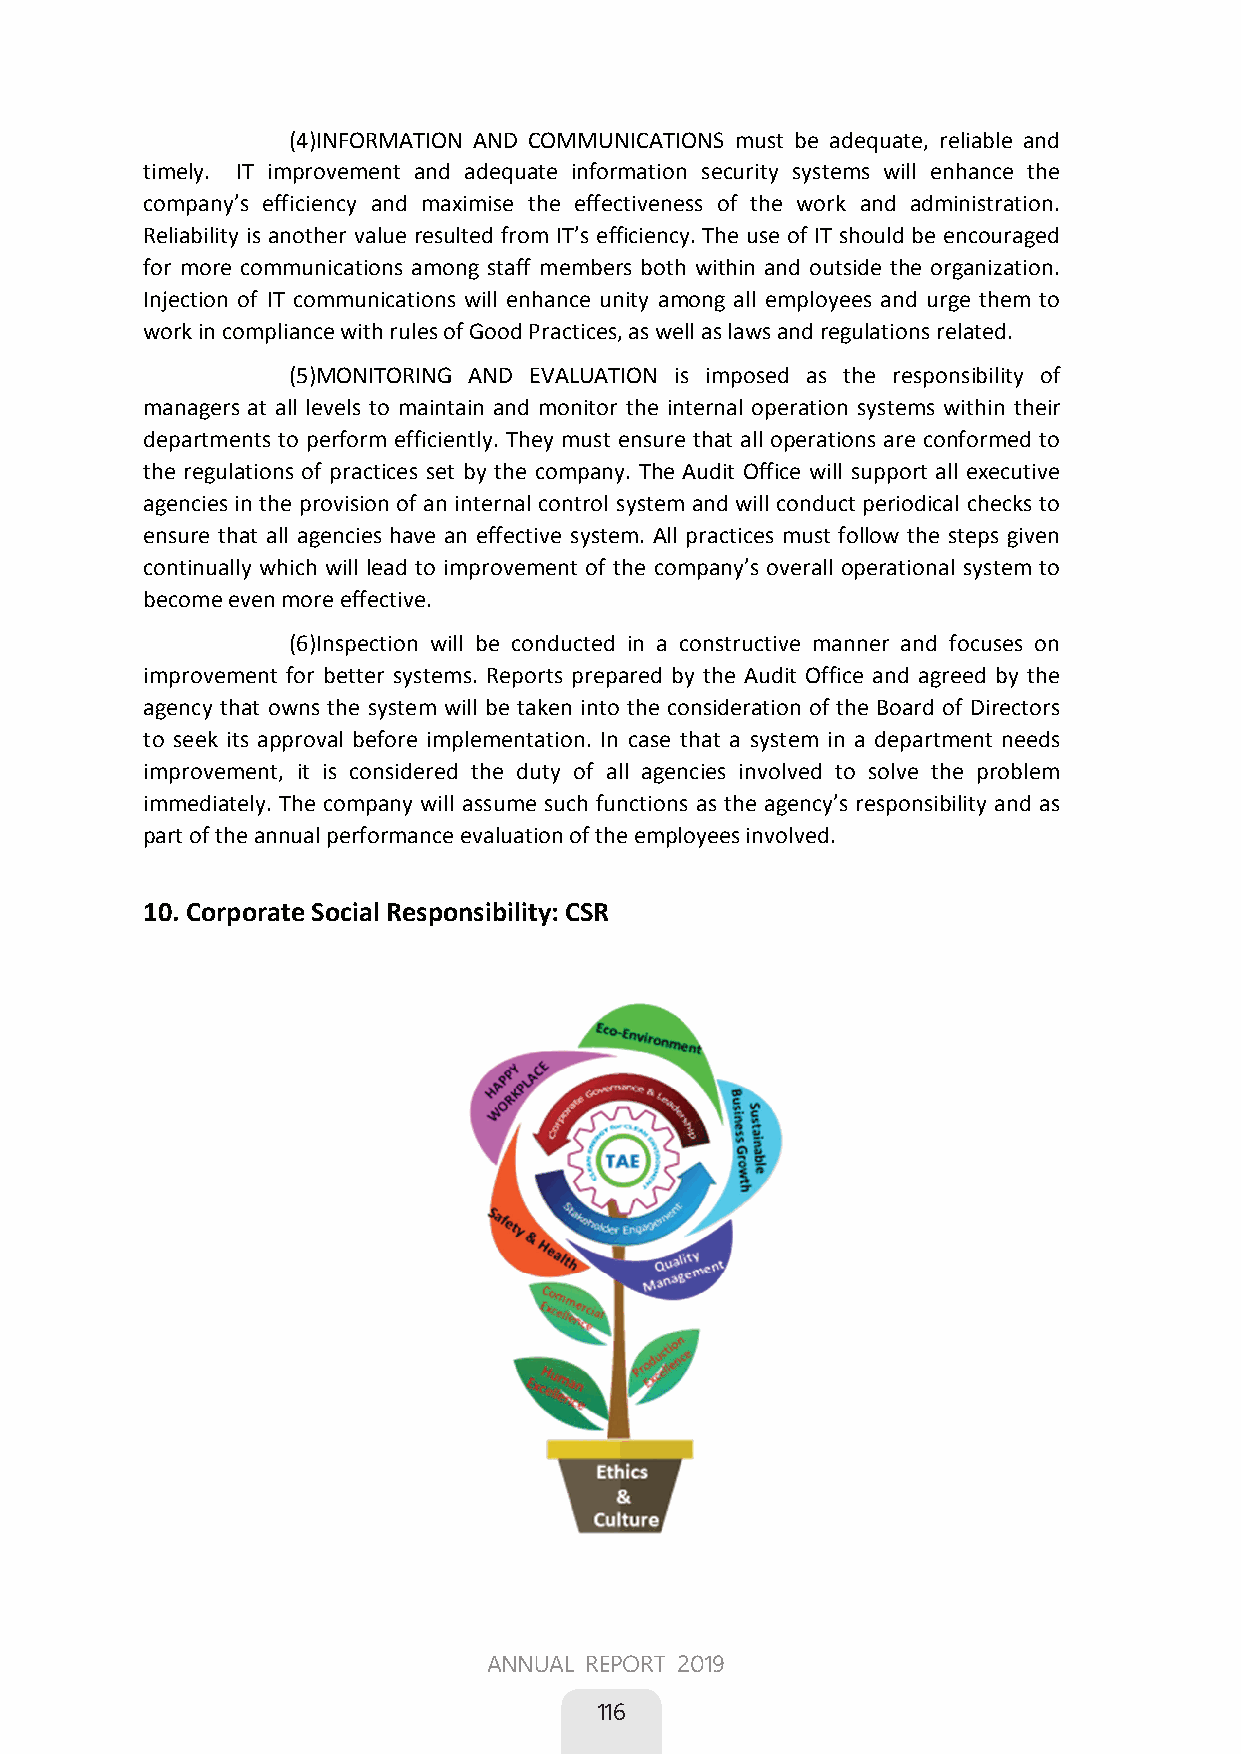
(4) INFORMATION AND COMMUNICATIONS must be adequate, reliable and
 timely. IT improvement and adequate information security systems will enhance the
 company’s efficiency and maximise the effectiveness of the work and administration.
 Reliability is another value resulted from IT’s efficiency. The use of IT should be encouraged
 for more communications among staff members both within and outside the organization.
 Injection of IT communications will enhance unity among all employees and urge them to
 work in compliance with rules of Good Practices, as well as laws and regulations related.
 (5) MONITORING AND EVALUATION is imposed as the responsibility of
 managers at all levels to maintain and monitor the internal operation systems within their
 departments to perform efficiently. They must ensure that all operations are conformed to
 the regulations of practices set by the company. The Audit Office will support all executive
 agencies in the provision of an internal control system and will conduct periodical checks to
 ensure that all agencies have an effective system. All practices must follow the steps given
 continually which will lead to improvement of the company’s overall operational system to
 become even more effective.
 (6) Inspection will be conducted in a constructive manner and focuses on
 improvement for better systems. Reports prepared by the Audit Office and agreed by the
 agency that owns the system will be taken into the consideration of the Board of Directors
 to seek its approval before implementation. In case that a system in a department needs
 improvement, it is considered the duty of all agencies involved to solve the problem
 immediately. The company will assume such functions as the agency’s responsibility and as
 part of the annual performance evaluation of the employees involved.
 10. Corporate Social Responsibility: CSR
 
 78
 ANNUAL REPORT 2019
 
 116